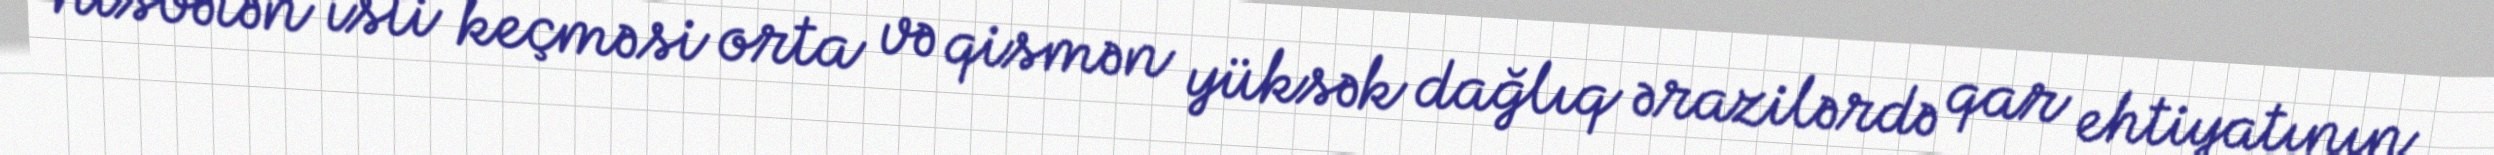
nisbətən isti keçməsi orta və qismən yüksək dağlıq ərazilərdə qar ehtiyatının